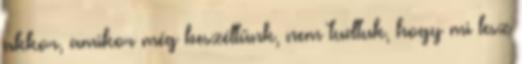
akkor, amikor még beszéltünk, nem tudtuk, hogy mi lesz